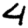
Digit: 4